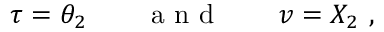
\begin{array} { r } { \tau = \theta _ { 2 } \qquad \mathrm { ~ a ~ n ~ d ~ } \qquad v = X _ { 2 } \ , } \end{array}